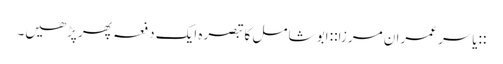
::یاسر عمران مرزا:: ابو شامل کا تبصرہ ایک دفعہ پھر پڑھیں۔